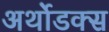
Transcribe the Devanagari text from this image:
अर्थोडक्स